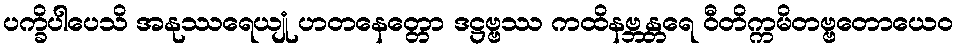
ပက္ခိပါပေသိ အနုဿရေယျုံ ဟတနေတ္တော ဒဋ္ဌဗ္ဗဿ ကထိနဗ္ဘန္တရေ ဝီတိက္ကမိတဗ္ဗတောယေဝ